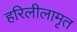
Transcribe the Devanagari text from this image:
हरिलीलामृत